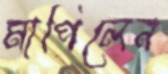
মাপিলেন